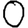
Digit: 0